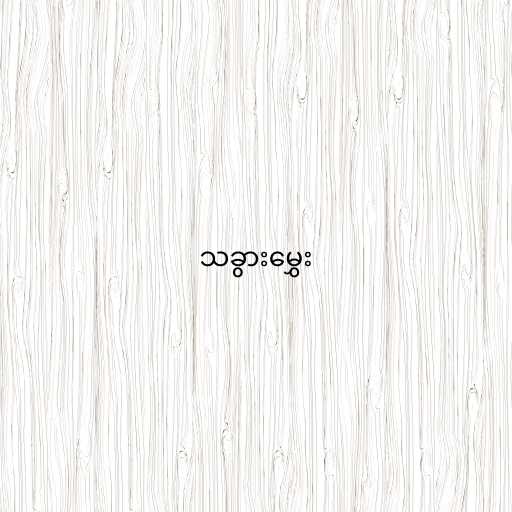
သခွားမွှေး